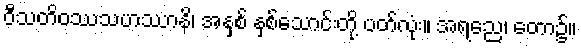
ဝီသတိဝဿသဟဿာနိ၊ အနှစ် နှစ်သောင်းတို့ ပတ်လုံး။ အရညေ၊ တော၌။